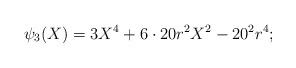
LaTeX: \begin{align*}\psi_{3}(X) = 3X^{4}+6\cdot 20 r^{2}X^{2}-20^{2}r^{4};\end{align*}